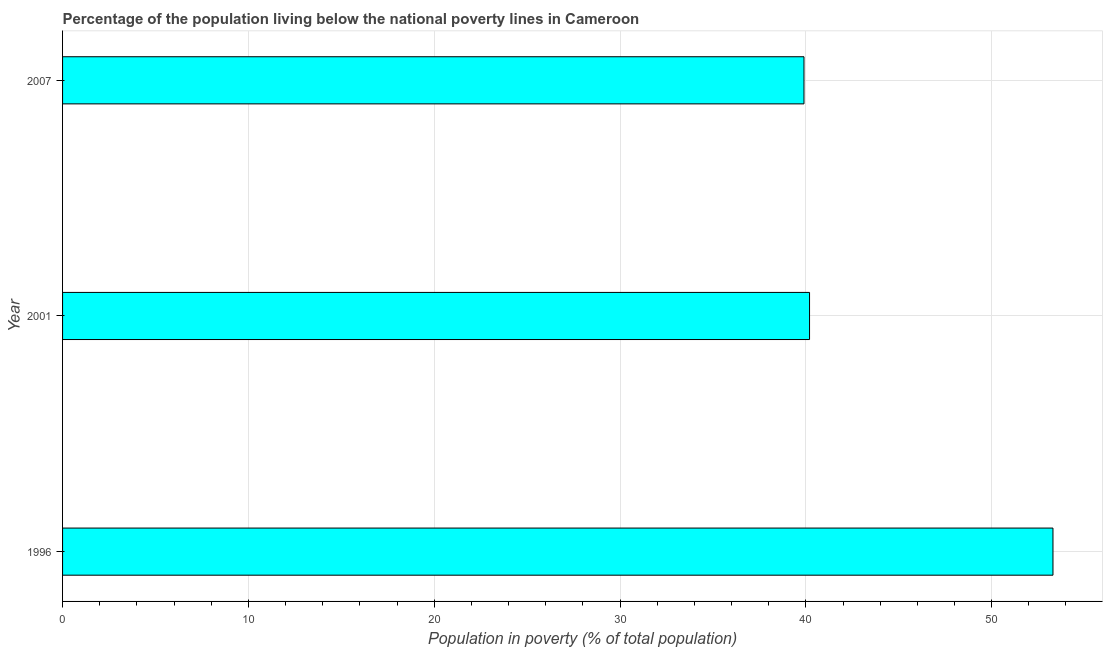
| Year | Poverty headcount ratio |
 | --- | --- |
 | 1996 | 53.3 |
 | 2001 | 40.2 |
 | 2007 | 39.9 |